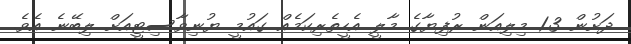
ދަށުން 1.3 މިލިއަން ރުފިޔާގެ މާލީ އެހީތެރިކަމެއް ގައުމީ ޔުނިވާސިޓީއަށް ލިބޭނެ އެވެ.